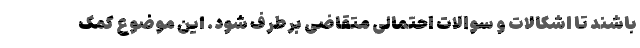
باشند تا اشکالات و سوالات احتمالی متقاضی برطرف شود. این موضوع کمک